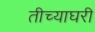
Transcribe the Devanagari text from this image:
तीच्याघरी